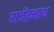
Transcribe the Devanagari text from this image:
राजेंद्रनाथ